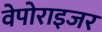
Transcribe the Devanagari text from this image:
वेपोराइजर